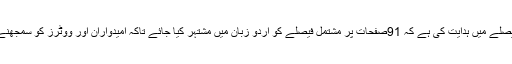
عدالت نے اپنے فیصلے میں ہدایت کی ہے کہ 91صفحات پر مشتمل فیصلے کو اردو زبان میں مشتہر کیا جائے تاکہ امیدواران اور ووٹرز کو سمجھنے میں آسانی رہے۔